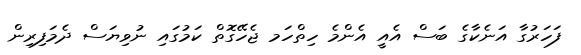
ފަހަރުގާ އަނެކާގެ ބަސް އެއީ އެންމެ ހިތްހަމ ޖެހޭގޮތް ކަމުގައި ނުވިޔަސް ދެމަފިރިން